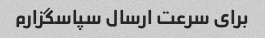
برای سرعت ارسال سپاسگزارم